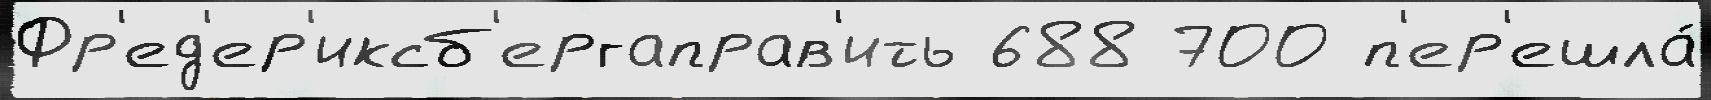
Фр'ед'ер'иксб'ергаправ'ить 688 700 п'ер'ешла́